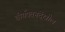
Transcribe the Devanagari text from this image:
वीर्यपतनदेखील